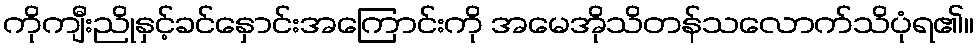
ကိုကျီးညိုနှင့်ခင်နှောင်းအကြောင်းကို အမေအိုသိတန်သလောက်သိပုံရ၏။